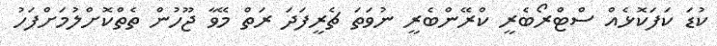
ކުޑަ ކަފަކޮޅެއް ސްޓްރޯބެރީ ކްރޭންބެރީ ނުވަތަ ޗެރީފަދަ ރަތް މޭވާ ޖޫހުން ތެތްކޮށްލުމަށްފަހު